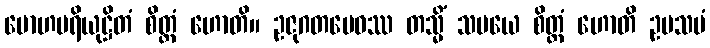
မောဟပရိယုဋ္ဌိတံ စိတ္တံ ဟောတိ။ ဥဇုဂတမေဝဿ တသ္မိံ သမယေ စိတ္တံ ဟောတိ ဥပသမံ